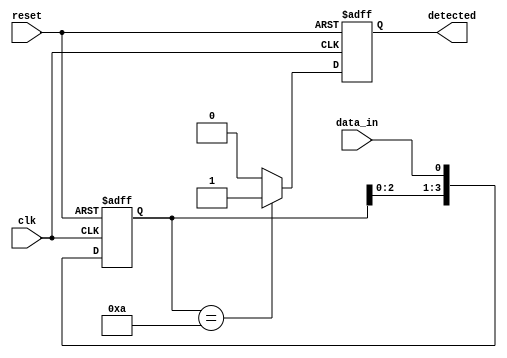
module pattern_detector #(
    parameter PATTERN_LENGTH = 4 // Length of the pattern to detect
)(
    input wire clk,               // Clock signal
    input wire reset,             // Reset signal
    input wire data_in,           // Input data stream
    output reg detected           // Output signal indicating pattern detection
);

    // Pattern register (can be parameterized)
    reg [PATTERN_LENGTH-1:0] pattern = 4'b1010; // Example pattern to detect
    reg [PATTERN_LENGTH-1:0] shift_reg;           // Shift register to store incoming bits

    // Sequential logic to capture incoming data
    always @(posedge clk or posedge reset) begin
        if (reset) begin
            shift_reg <= 0; // Reset shift register
            detected <= 0;  // Reset detected signal
        end else begin
            // Shift in the new data bit
            shift_reg <= {shift_reg[PATTERN_LENGTH-2:0], data_in};

            // Compare the shift register with the pattern
            if (shift_reg == pattern) begin
                detected <= 1; // Pattern detected
            end else begin
                detected <= 0; // No pattern detected
            end
        end
    end

endmodule